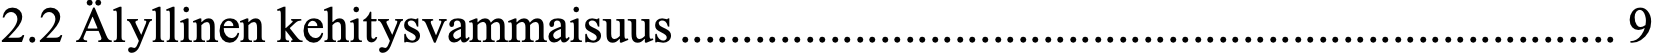
2.2 Älyllinen kehitysvammaisuus ........................................................................... 9